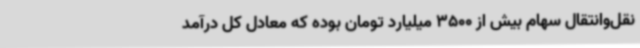
نقل‌وانتقال سهام بیش از 3500 میلیارد تومان بوده که معادل کل درآمد